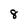
Character: 8